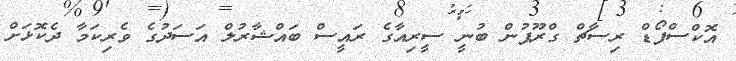
އޮކްސްފޯޑް ރިސާޗް ގްރޫޕުން ބުނީ ސީރިއާގެ ރައީސް ބައްޝާރުލް އަސަދުގެ ވެރިކަމާ ދެކޮޅަށް